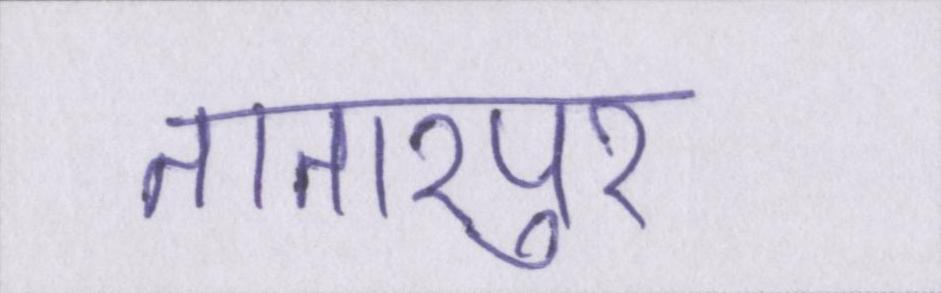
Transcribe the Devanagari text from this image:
तातारपुर